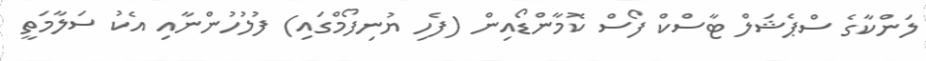
ލަންކާގެ ސްޕެޝަލް ޓާސްކް ފޯސް ކޮމާންޑޯއިން (ފެހި ޔުނިފޯމްގައި) ފުލުހުންނާއި އެކު ސަލާމަތީ